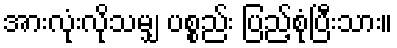
အားလုံးလိုသမျှ ပစ္စည်း ပြည့်စုံပြီးသား။